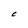
Character: C